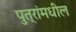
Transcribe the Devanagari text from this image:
पुत्रांमधील